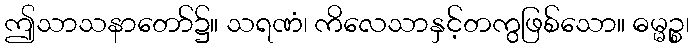
ဤသာသနာတော်၌။ သရဏံ၊ ကိလေသာနှင့်တကွဖြစ်သော။ ဓမ္မဉ္စ၊